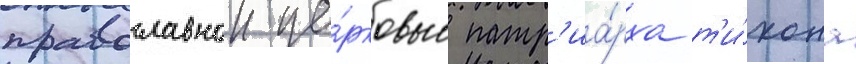
православнои це́рковью патр'иа́рха т'и́хона